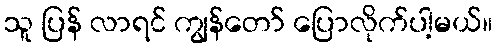
သူ ပြန် လာရင် ကျွန်တော် ပြောလိုက်ပါ့မယ်။